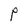
Character: P